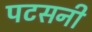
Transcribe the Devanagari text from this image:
पटसनी